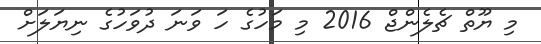
މި ޔޫތް ޗެލެންޖް 2016 މި މަހުގެ ހަ ވަނަ ދުވަހުގެ ނިޔަލަށް